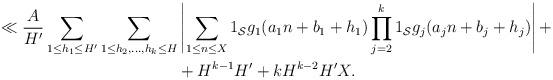
LaTeX: \begin{align*} \ll \frac{A}{H'} \sum_{1 \leq h_1 \leq H'} \sum_{1 \leq h_2,\dots,h_k \leq H} & \left|\sum_{1 \leq n \leq X} 1_{\mathcal S}g_1(a_1 n + b_1 + h_1) \prod_{j=2}^k 1_{\mathcal S}g_j(a_j n + b_j + h_j)\right| + \\ & + H^{k-1}H'+ k H^{k-2}H' X.\end{align*}